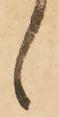
候